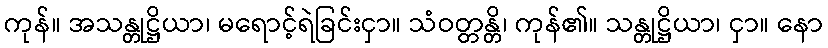
ကုန်။ အသန္တုဋ္ဌိယာ၊ မရောင့်ရဲခြင်းငှာ။ သံဝတ္တန္တိ၊ ကုန်၏။ သန္တုဋ္ဌိယာ၊ ငှာ။ နော